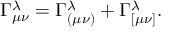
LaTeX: \Gamma _ { \mu \nu } ^ { \lambda } = \Gamma _ { ( \mu \nu ) } ^ { \lambda } + \Gamma _ { [ \mu \nu ] } ^ { \lambda } .